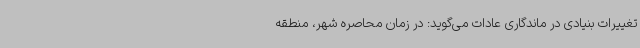
تغییرات بنیادی در ماندگاری عادات می‌گوید: در زمان محاصره شهر، منطقه